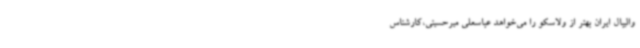
والیبال ایران بهتر از ولاسکو را می‌خواهد عباسعلی میرحسینی،کارشناس